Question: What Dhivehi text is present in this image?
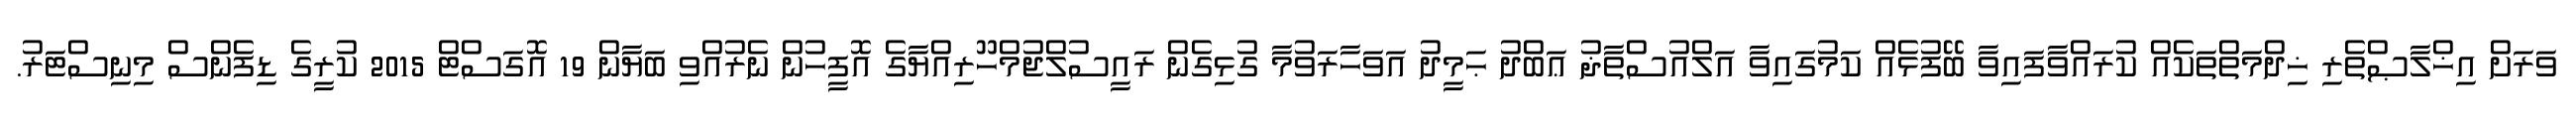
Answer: ވަރަށް އިޚްލާޞްތެރި ޚިދްމަތްތަކެއް ކުރައްވާފައިވާ ބޭފުޅެއް ކަމުގައިވާ އަލްއުސްތާޛު ޢަބްދު ޙަމީދު އަވަހާރަވުމާ ގުޅިގެން ރައީސުލްޖުމްހޫރިއްޔާގެ އޮފީހުން ނެރުއްވި ބަޔާން 19 އޮގަސްޓް 2015 ކުރީގެ ޑިފެންސް މިނިސްޓަރު.